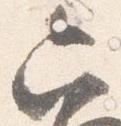
六